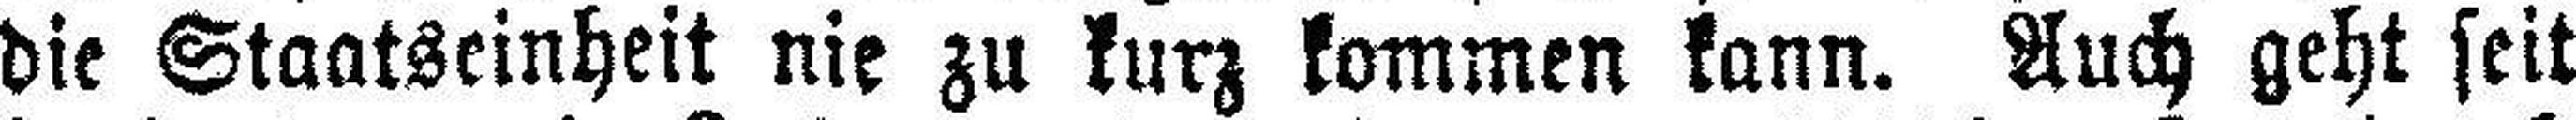
die Staatseinheit nie zu kurz kommen kann. Auch geht seit